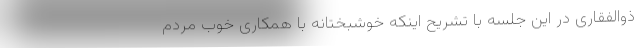
ذوالفقاری در این جلسه با تشریح اینکه خوشبختانه با همکاری خوب مردم